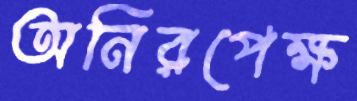
অনিরপেক্ষ